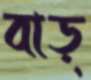
বাড়্‌